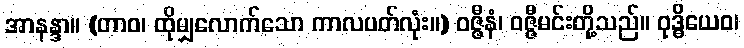
အာနန္ဒာ။ (တာဝ၊ ထိုမျှလောက်သော ကာလပတ်လုံး။) ဝဇ္ဇီနံ၊ ဝဇ္ဇီမင်းတို့သည်။ ဝုဒ္ဓိယေဝ၊